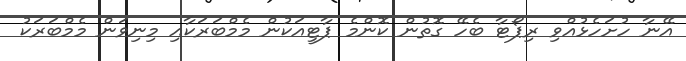
އޭނާ ހުށަހެޅުއްވި ރިޕޯޓާ ބެހޭ ގޮތުން ކޮންމެ ޕާޓީއަކުން މެމްބަރަކާއި މިނިވަން މެމްބަރަކު